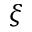
\xi